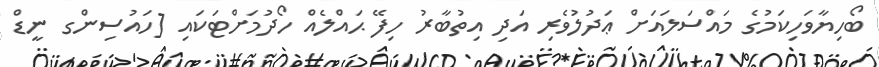
ބޯހިޔާވަހިކަމުގެ މައްސަލައަށް ޢަދުލުވެރި އަދި އިތުބާރު ހިފޭ ޙައްލެއް ހޯދުމަށްޓަކައި [ހައުސިންގ ނީޑް